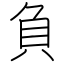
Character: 負